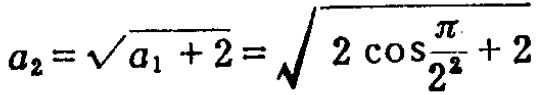
\(a_{2}=\sqrt{a_{1}+2}=\sqrt{2\cos\frac{\pi}{2^{2}}+2}\)